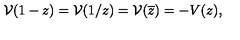
{ \cal V } ( 1 - z ) = { \cal V } ( 1 / z ) = { \cal V } ( \overline { { z } } ) = - V ( z ) ,